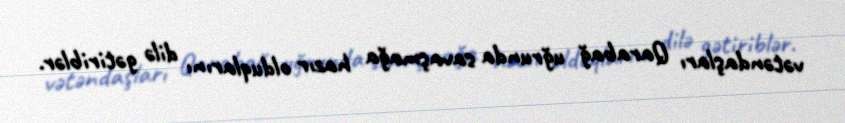
vətəndaşları Qarabağ uğrunda savaşmağa hazır olduqlarını dilə gətiriblər.